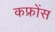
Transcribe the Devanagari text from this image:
कफ्रोंस